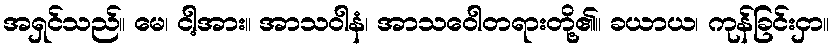
အရှင်သည်။ မေ၊ ငါ့အား။ အာသဝါနံ၊ အာသဝေါတရားတို့၏။ ခယာယ၊ ကုန်ခြင်းငှာ။